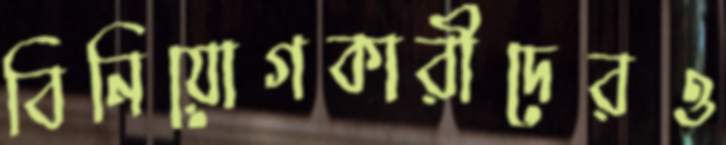
বিনিয়োগকারীদেরও